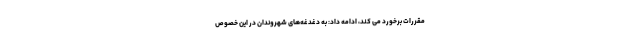
مقررات برخورد می کند، ادامه داد: به دغدغه‌های شهروندان در این خصوص